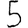
Digit: 5